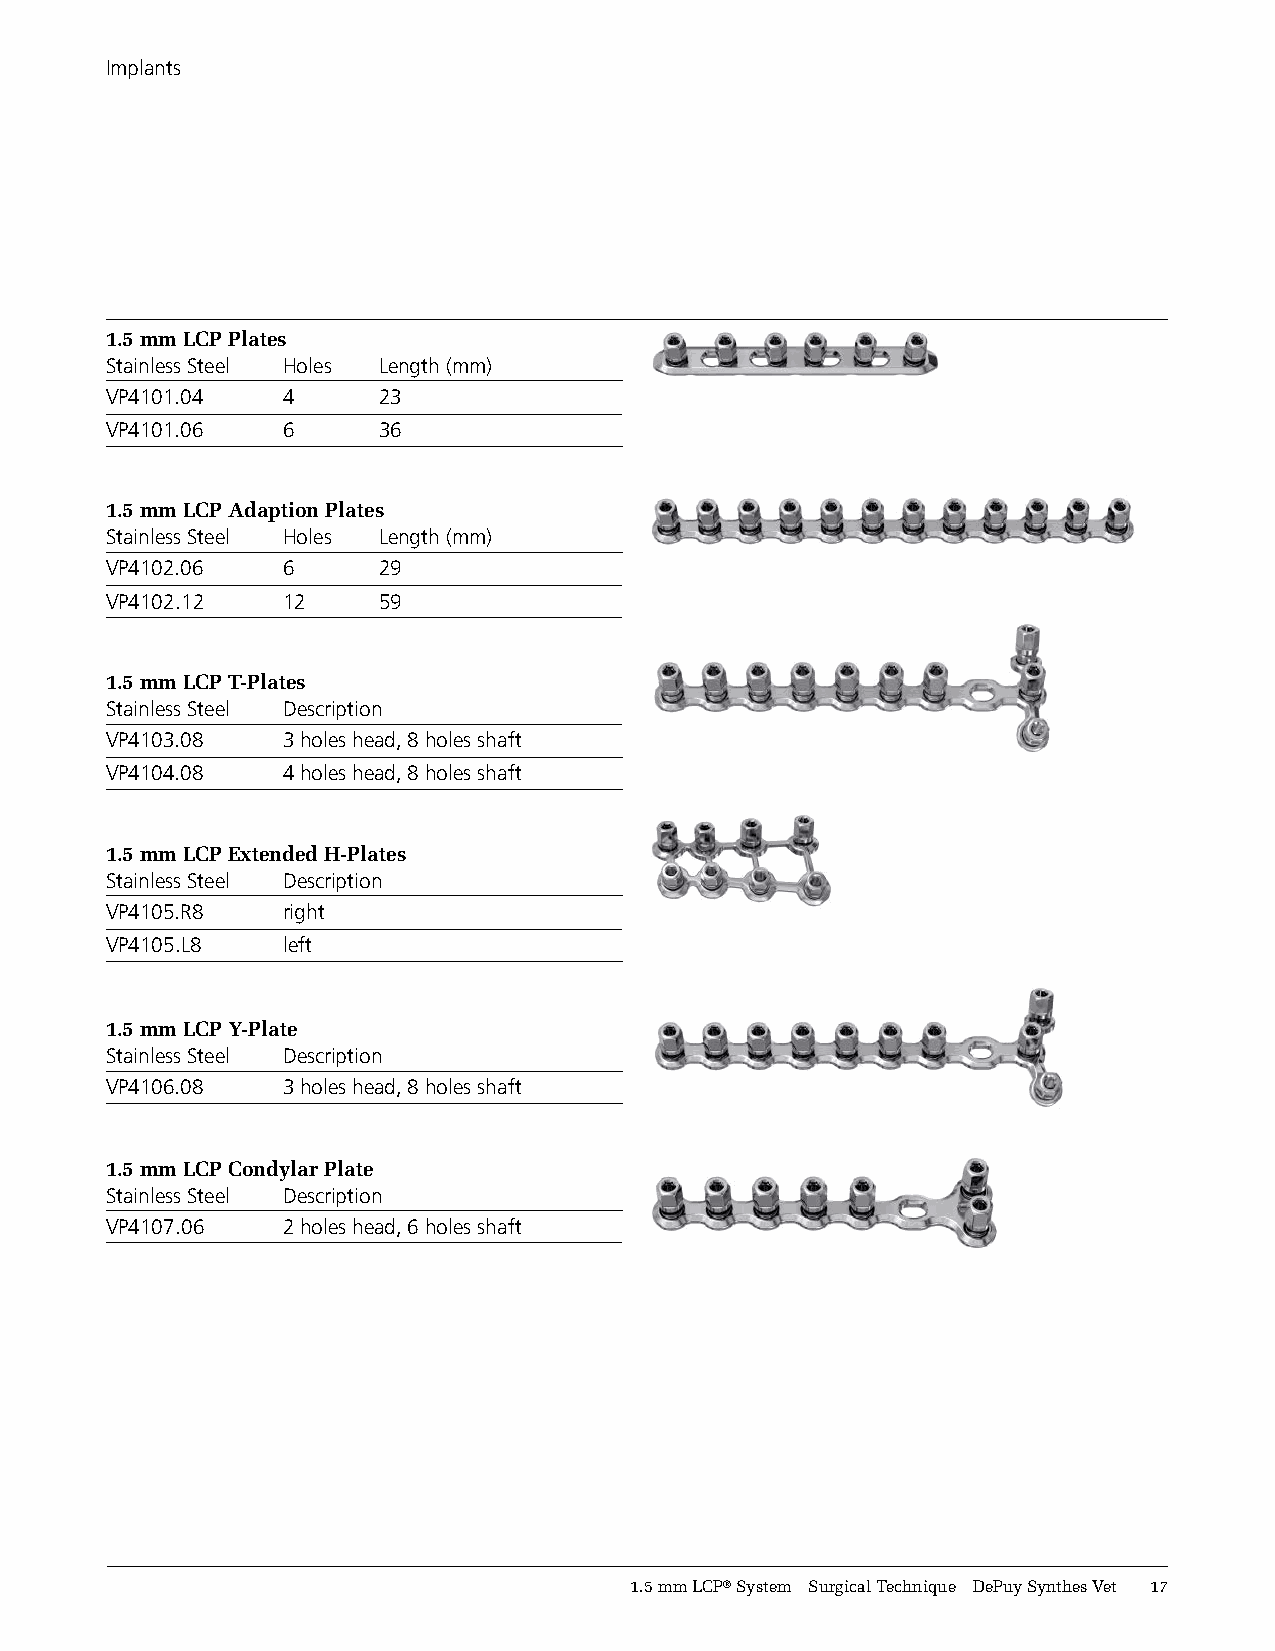
Implants
 1.5 mm LCP Plates
 Stainless Steel Holes Length (mm)
 VP4101.04   4     23
 VP4101.06   6     36
 1.5 mm LCP Adaption Plates
 Stainless Steel Holes Length (mm)
 VP4102.06   6     29
 VP4102.12   12    59
 1.5 mm LCP T-Plates
 Stainless Steel Description
 VP4103.08   3 holes head, 8 holes shaft
 VP4104.08   4 holes head, 8 holes shaft
 1.5 mm LCP Extended H-Plates
 Stainless Steel Description
 VP4105.R8   right
 VP4105.L8   left
 1.5 mm LCP Y-Plate
 Stainless Steel Description
 VP4106.08   3 holes head, 8 holes shaft
 1.5 mm LCP Condylar Plate
 Stainless Steel Description
 VP4107.06   2 holes head, 6 holes shaft
 1.5 mm LCP® System Surgical Technique DePuy Synthes Vet 11